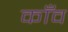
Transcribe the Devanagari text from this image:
काँव